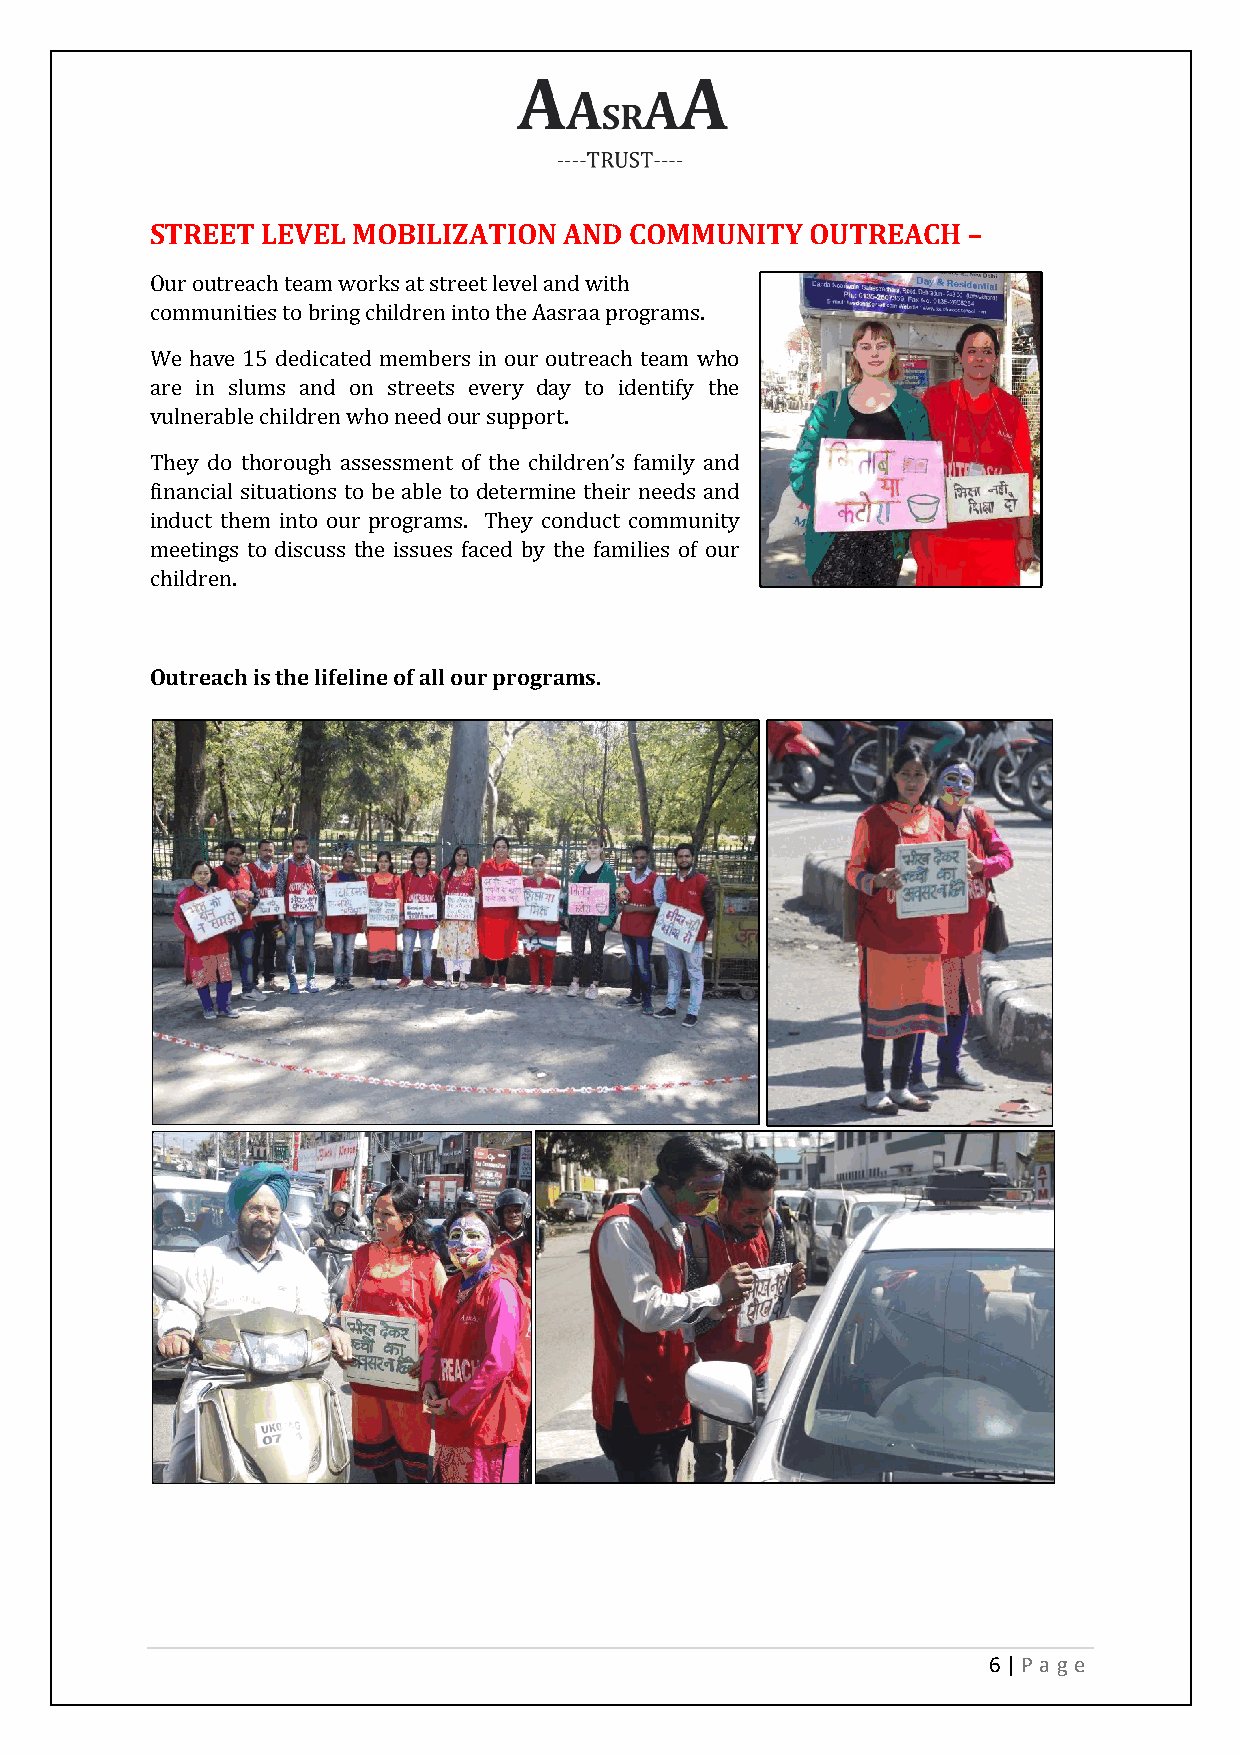
STREET LEVEL MOBILIZATION  AND  COMMUNITY   OUTREACH  –
 Our outreach team works at street level and with
 communities to bring children into the Aasraa programs.
 We have 15 dedicated members in our outreach team who
 are in slums and on streets every day to identify the
 vulnerable children who need our support.
 They do thorough assessment of the children’s family and
 financial situations to be able to determine their needs and
 induct them into our programs. They conduct community
 meetings to discuss the issues faced by the families of our
 children.
 Outreach is the lifeline of all our programs.
 6 | P age